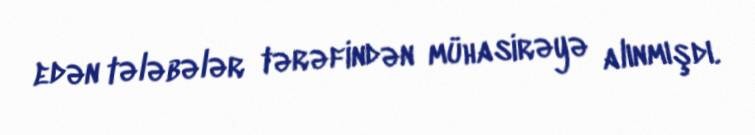
edən tələbələr tərəfindən mühasirəyə alınmışdı.